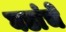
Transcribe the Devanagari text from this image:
घडांचे